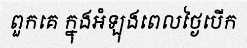
ពួកគេ ក្នុងអំឡុងពេលថ្ងៃបើក